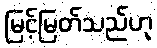
မြင့်မြတ်သည်ဟု